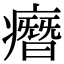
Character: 㿊